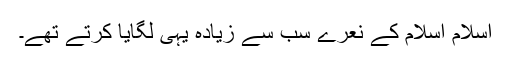
اسلام اسلام کے نعرے سب سے زیادہ یہی لگایا کرتے تھے۔